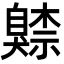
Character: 𦤧